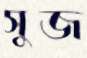
সুজ